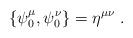
LaTeX: \begin{align*}\{\psi^{\mu}_0 , \psi^{\nu}_0 \} = \eta^{\mu \nu}\ .\end{align*}